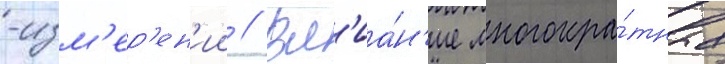
-изм'ер'ен'ии // Вл'иа́н'ие многокра́тных